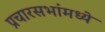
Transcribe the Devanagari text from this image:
प्रचारसभांमध्ये